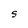
Character: S